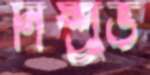
নিষ্প্র্রভ